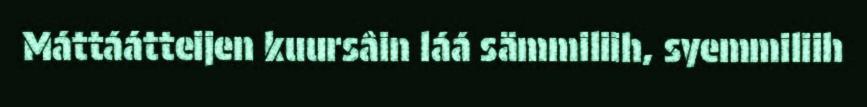
Máttáátteijen kuursâin láá sämmiliih, syemmiliih